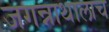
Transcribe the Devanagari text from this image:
जगन्नाथालाच